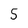
Character: 5